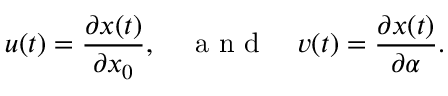
u ( t ) = \frac { \partial x ( t ) } { \partial x _ { 0 } } , \quad \mathrm { ~ a ~ n ~ d ~ } \quad v ( t ) = \frac { \partial x ( t ) } { \partial \alpha } .